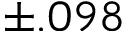
\pm . 0 9 8